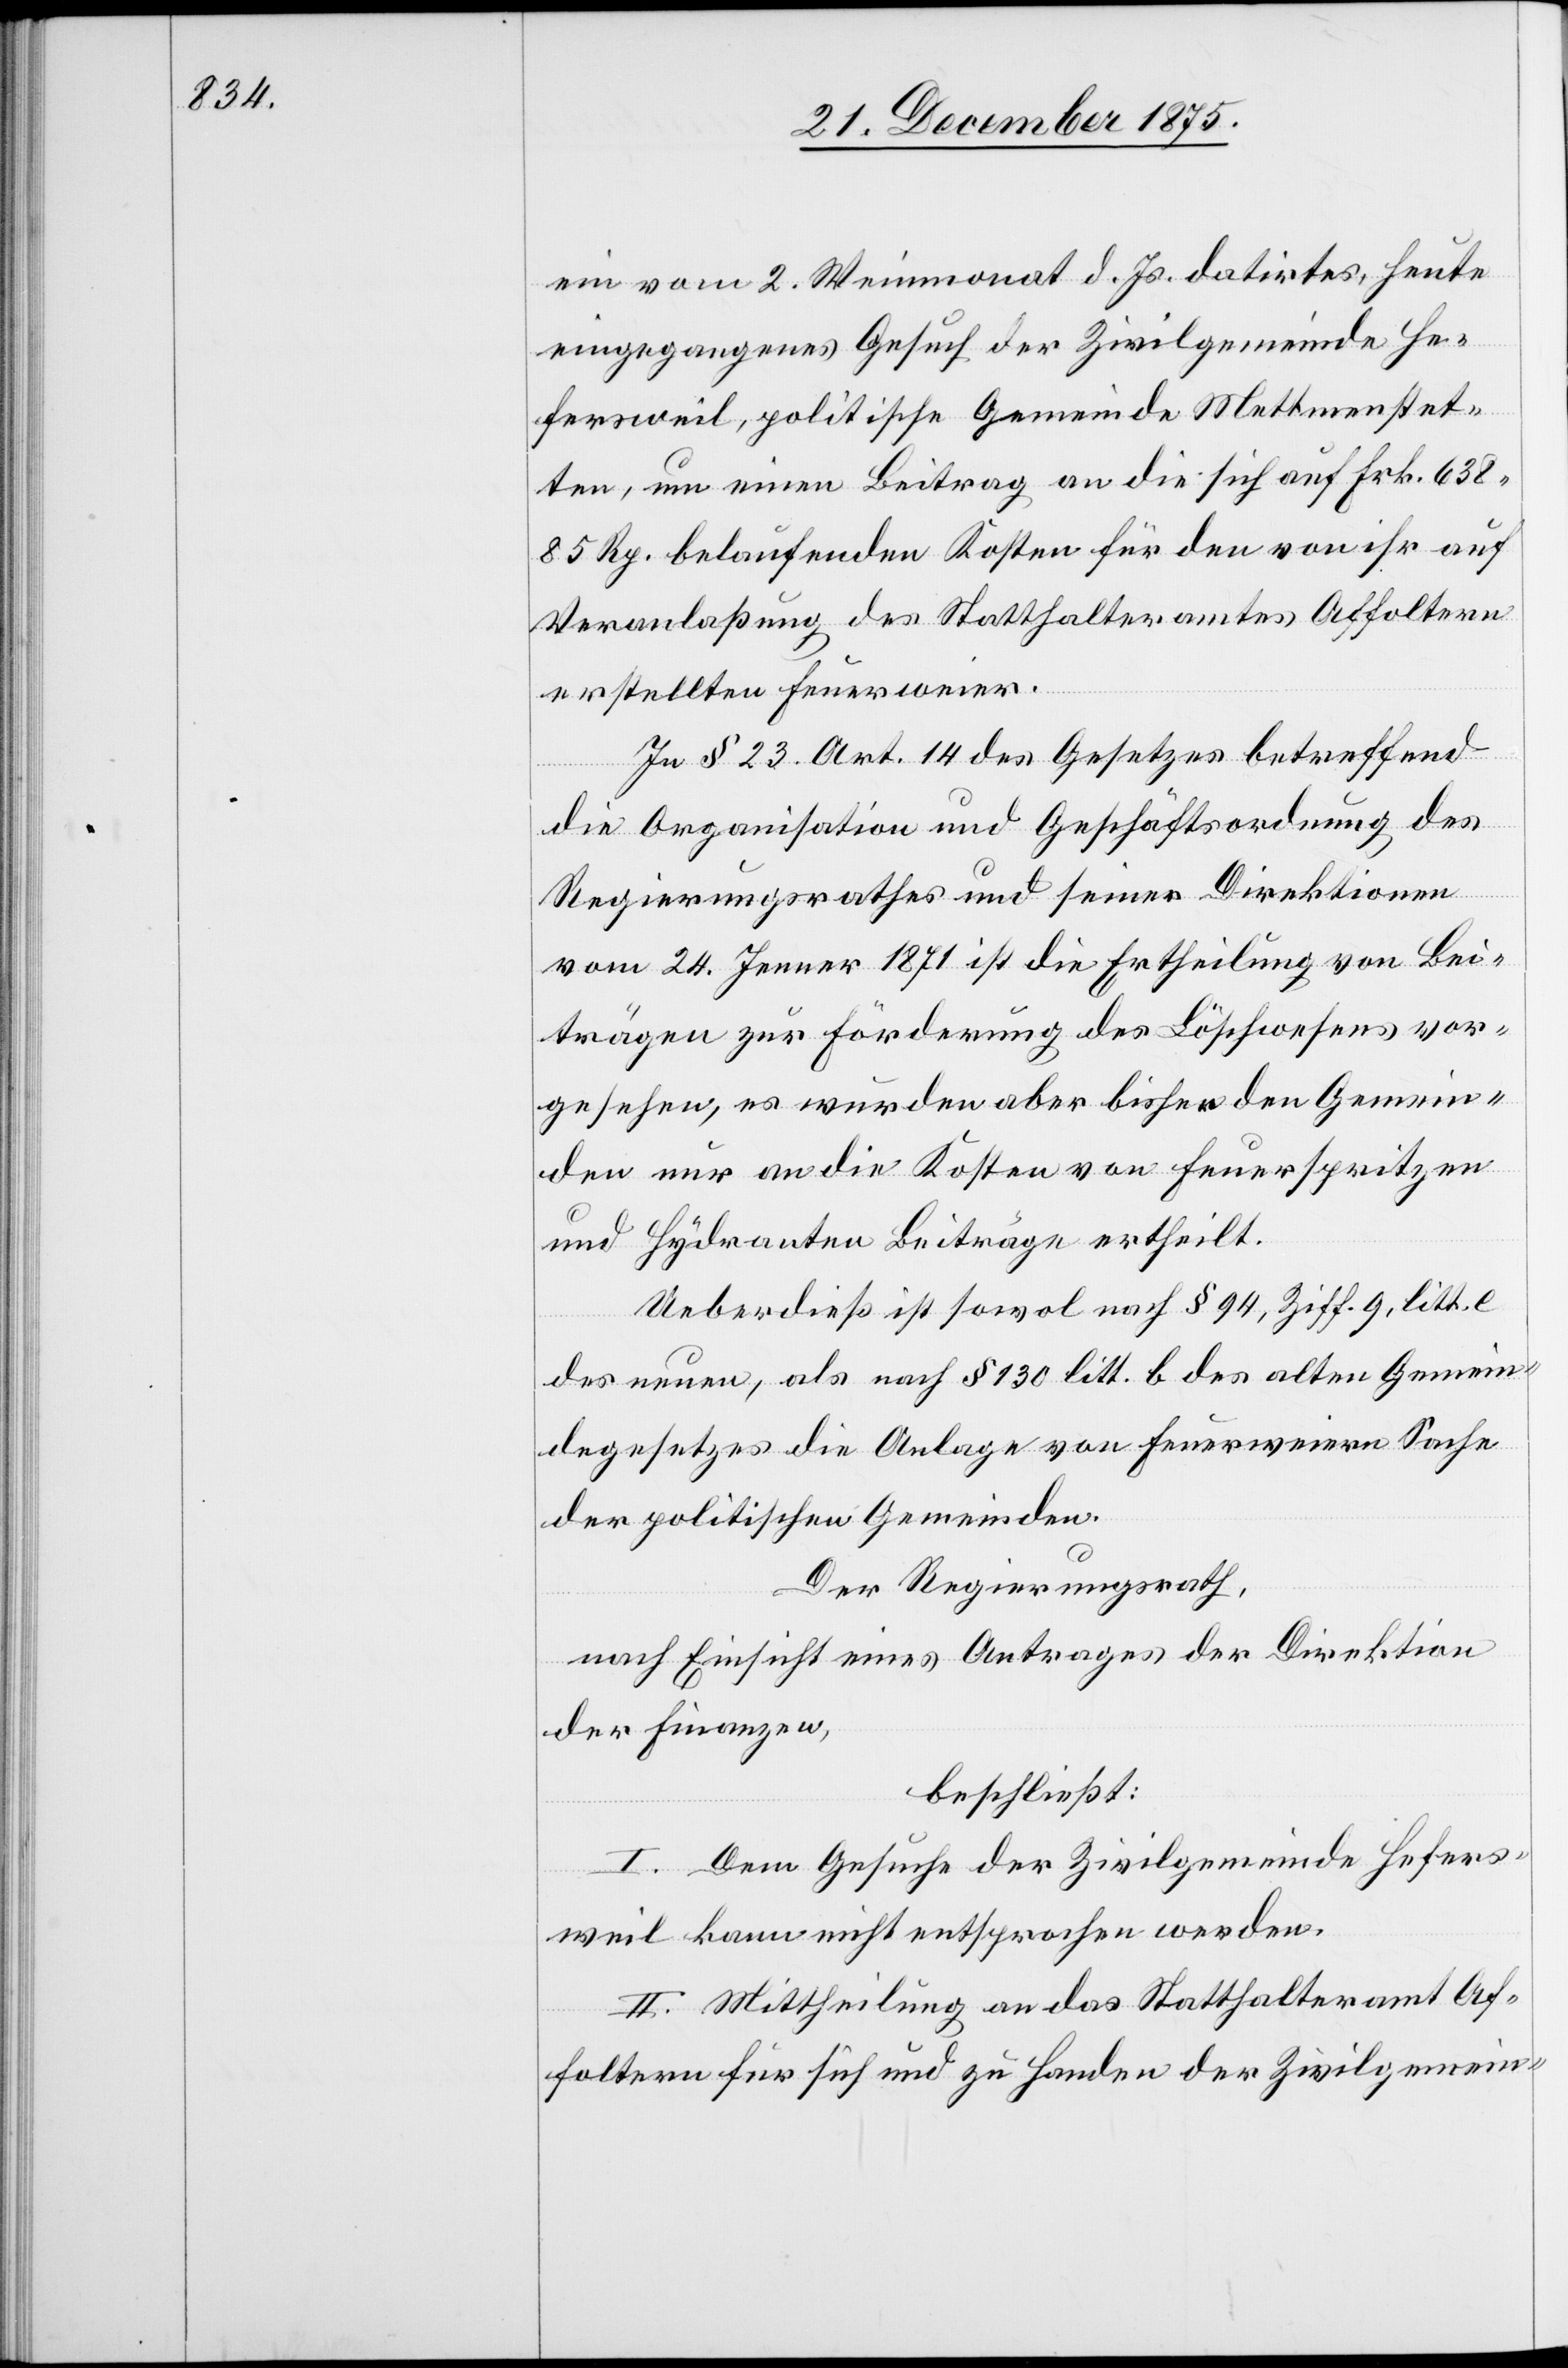
ein vom 2. Weinmonat d. Js. datirtes, heute
eingegangenes Gesuch der Zivilgemeinde He¬
fersweil, politische Gemeinde Mettmenstet¬
ten, um einen Beitrag an die sich auf Frk. 638
85 Rp. belaufenden Kosten für den von ihr auf
Veranlaßung des Statthalteramtes Affoltern
erstellten Feuerweier.
In § 23 Art 14 des Gesetzes betreffend
die Organisation und Geschäftsordnung des
Regierungsrathes und seiner Direktionen
vom 24. Jenner 1871 ist die Ertheilung von Bei¬
trägen zur Förderung des Löschwesens vor¬
gesehen, es wurden aber wie bisher den Gemein¬
den nur an die Kosten von Feuerspritzen
und Hydranten Beiträge ertheilt.
Ueberdieß ist sowol nach § 94, Ziff. 9, litt. e
des neuen, als nach § 130 litt. b. des alten Gemein¬
degesetzes die Anlage von Feuerweiern Sache
der politischen Gemeinden.
Der Regierungsrath,
nach Einsicht eines Antrages der Direktion
der Finanzen,
beschließt:
I. Dem Gesuche der Zivilgemeinde Hefers¬
weil kann nicht entsprochen werden.
II. Mittheilung an das Statthalteramt Af¬
foltern für sich und zu Handen der Zivilgemein-